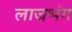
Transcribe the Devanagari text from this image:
लाजभंग